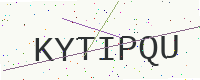
Text: KYTIPQU